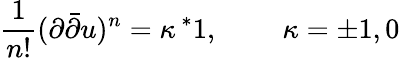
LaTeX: \frac{1}{n!}(\partial\bar{\partial}u)^{n}=\kappa\, ^{*}1,\; \; \; \; \; \; \; \; \kappa=\pm 1,0